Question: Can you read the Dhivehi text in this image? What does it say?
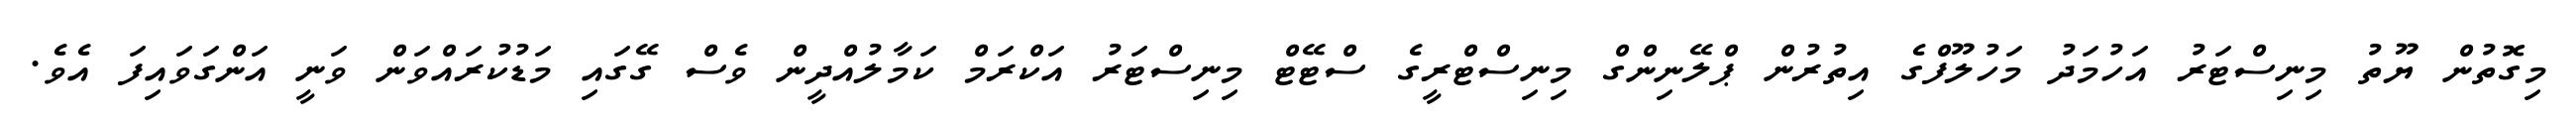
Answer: މިގޮތުން ޔޫތު މިނިސްޓަރު އަހުމަދު މަހުލޫފްގެ އިތުރުން ޕްލޭނިންގް މިނިސްޓްރީގެ ސްޓޭޓް މިނިސްޓަރު އަކްރަމް ކަމާލުއްދީން ވެސް ގޭގައި މަޑުކުރައްވަން ވަނީ އަންގަވައިފަ އެވެ.